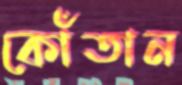
কোঁতান